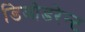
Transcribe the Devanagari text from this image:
डिओडरेन्ट